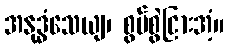
အနုဒ္ဓံသေယျ၊ စွပ်စွဲငြားအံ့။